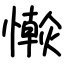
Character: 𢣴